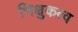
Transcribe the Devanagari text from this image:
भिक्षुकत्व